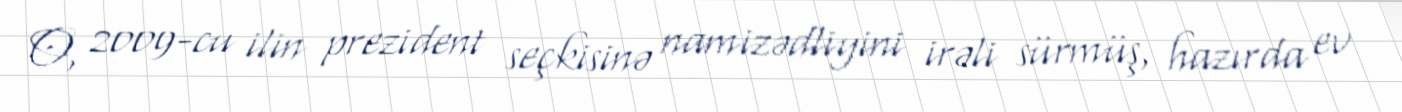
O, 2009-cu ilin prezident seçkisinə namizədliyini irəli sürmüş, hazırda ev